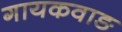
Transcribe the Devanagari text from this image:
गायकवाङ